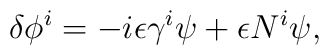
\delta \phi^i =  -i \epsilon \gamma^i \psi  + \epsilon N^i \psi ,